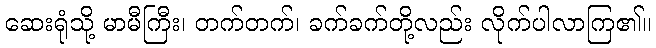
ဆေးရုံသို့ မာမီကြီး၊ တက်တက်၊ ခက်ခက်တို့လည်း လိုက်ပါလာကြ၏။